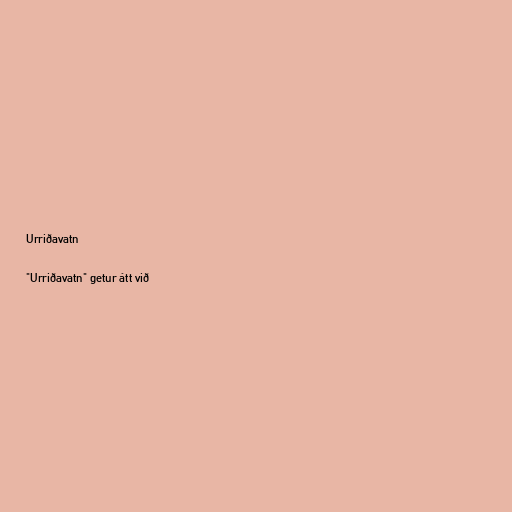
Urriðavatn

"Urriðavatn" getur átt við